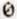
0